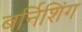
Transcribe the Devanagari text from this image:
बर्निशिंग